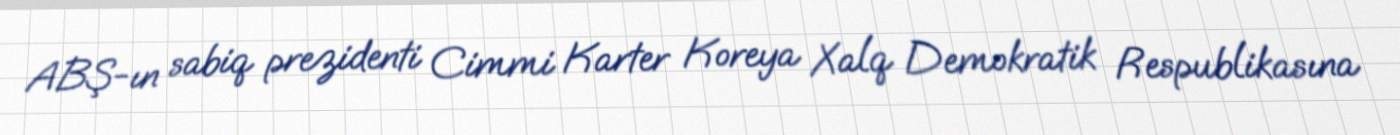
ABŞ-ın sabiq prezidenti Cimmi Karter Koreya Xalq Demokratik Respublikasına